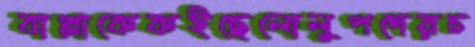
বাপ্পাকেকইছেলোলুপদেরচ